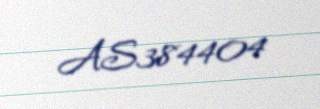
AS384404